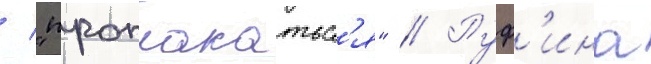
/ "проплакатьс'я" // Руф'ина